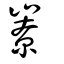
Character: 嶚